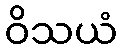
ဝိသယံ